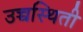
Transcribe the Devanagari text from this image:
उच्चस्थिती